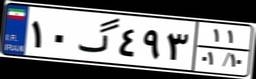
۱۰گ۴۹۳۱۱